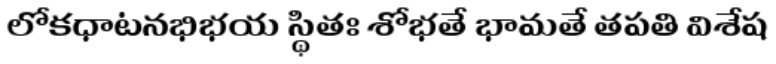
లోకధాటనభిభయ స్థితః శోభతే భామతే తపతి విశేష